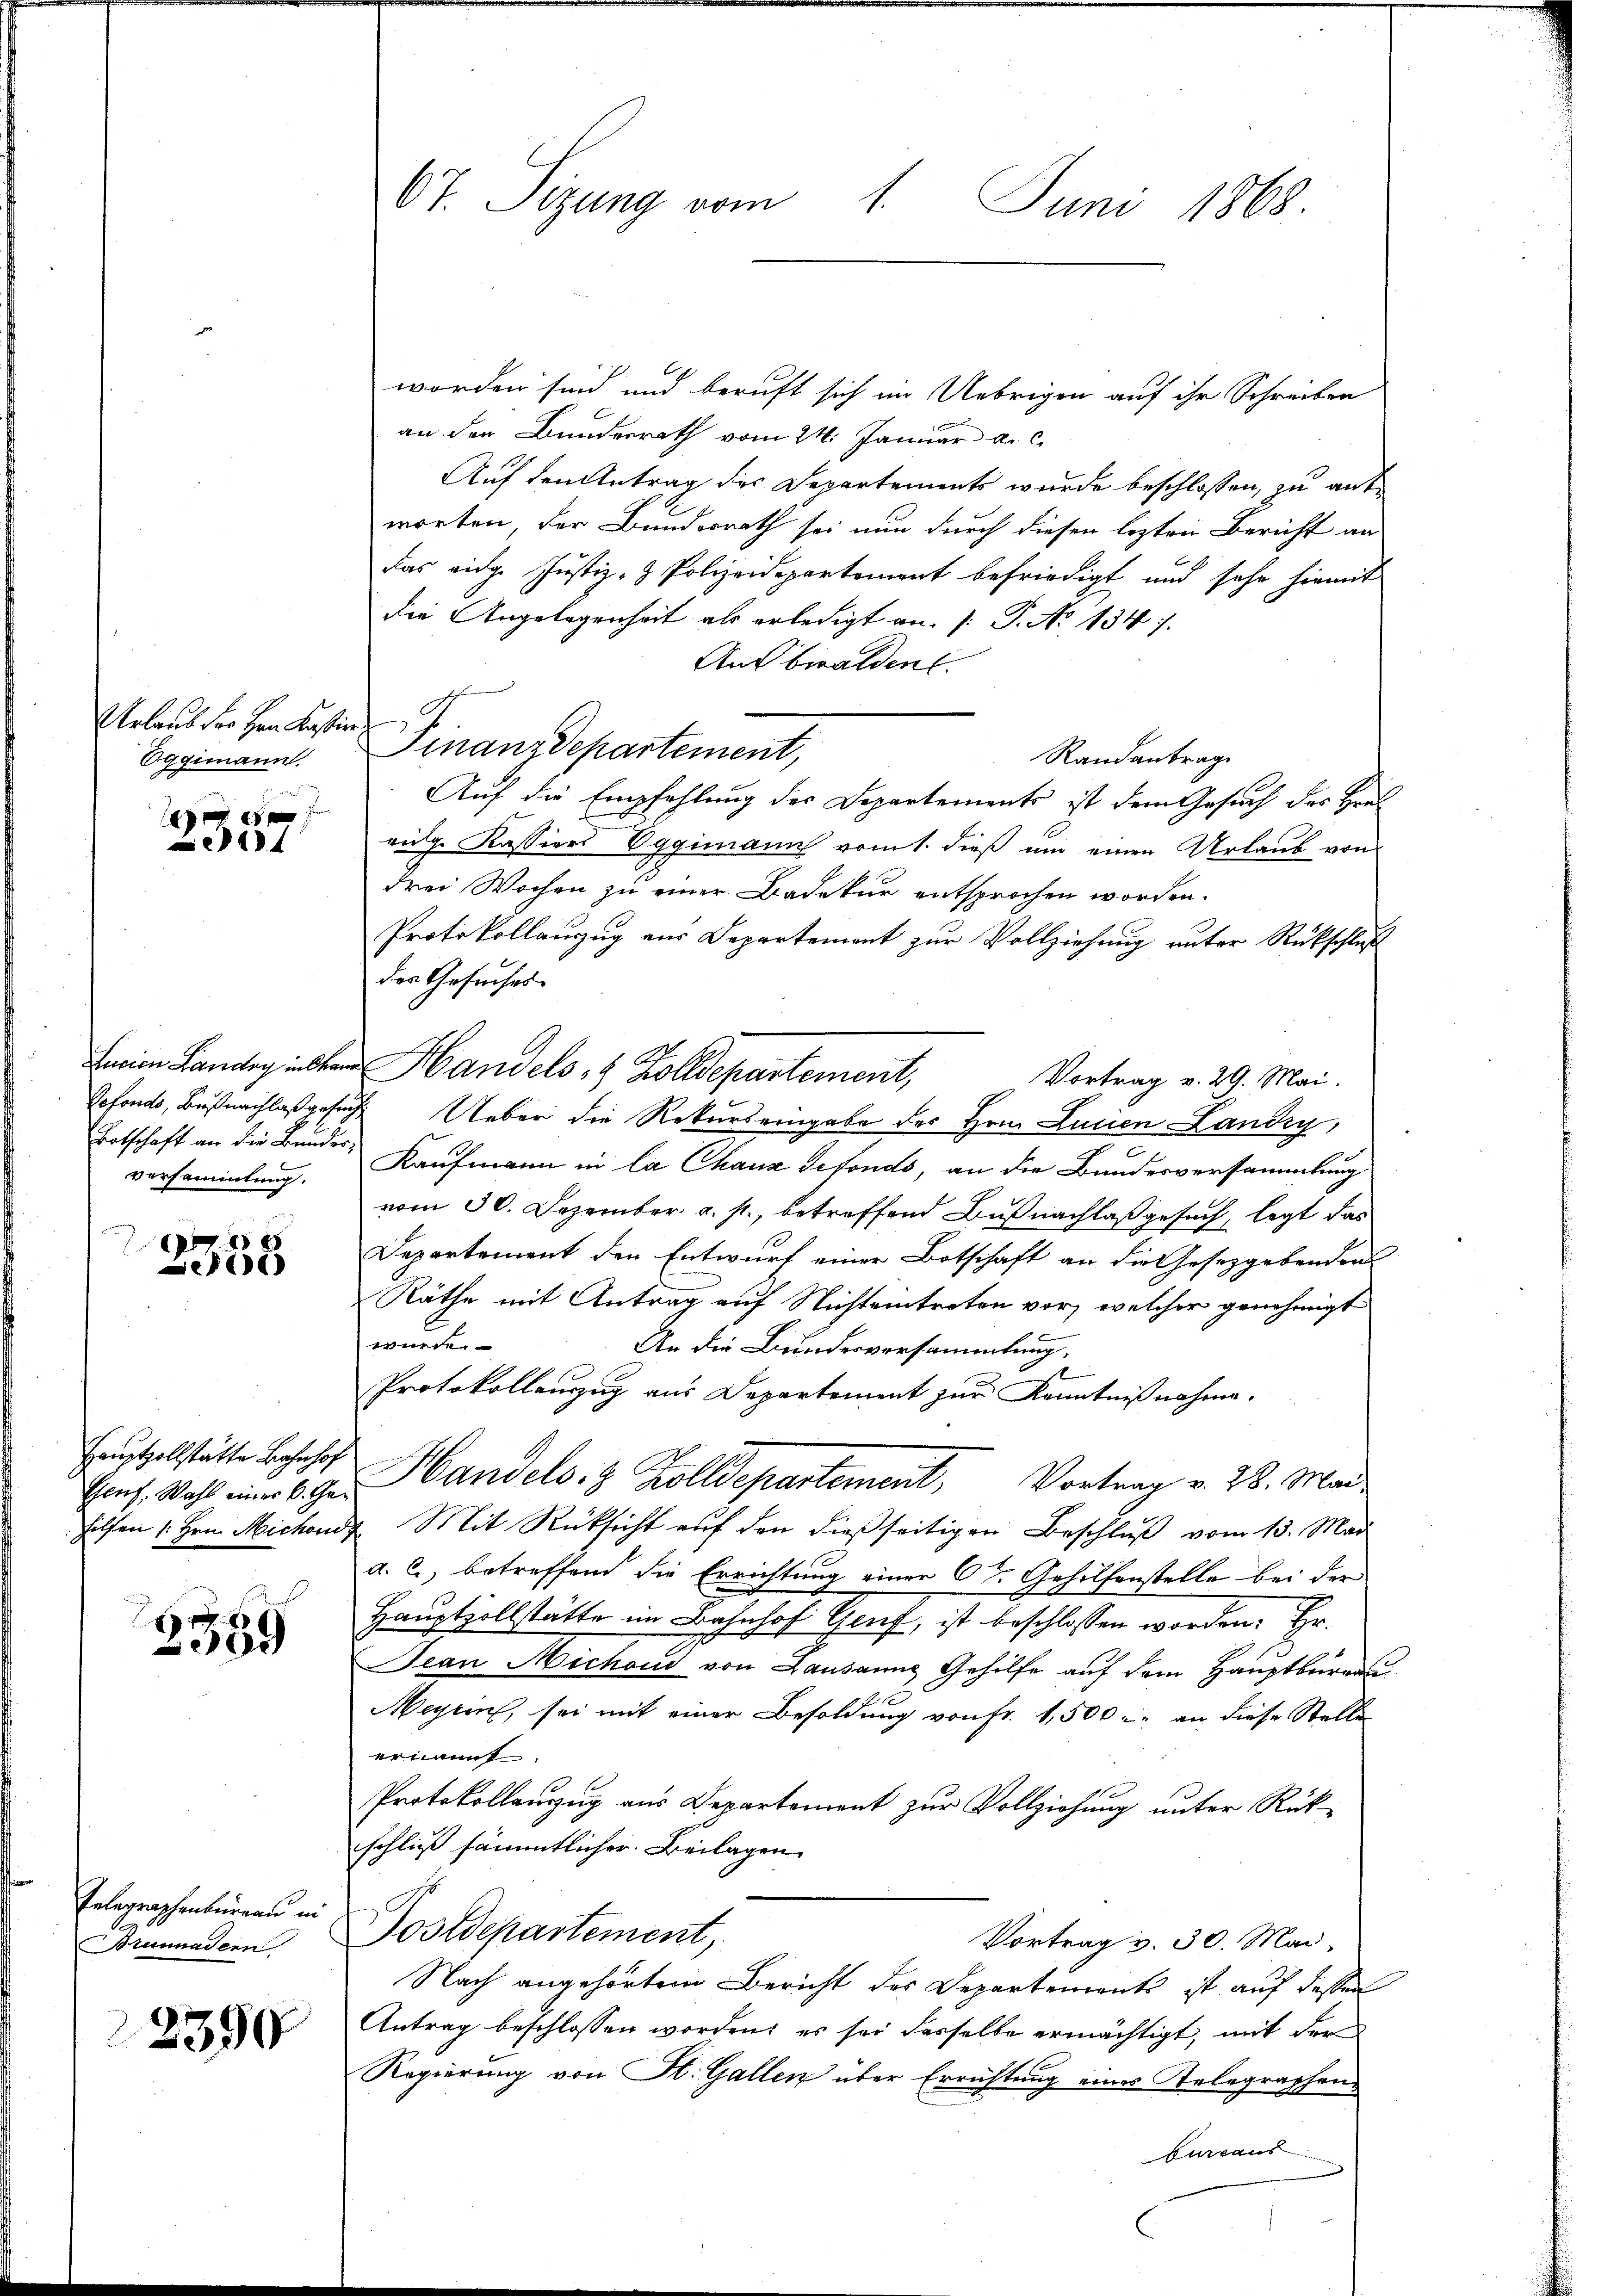
Urlaub der Hrn Kastire
Oggimann.

e

Ertschaft an die Bunder,
versammlung.
x

e

Genf, Wahl einer k. Ge¬

2
559

Telegraphenbureau in
Brunnadern

2390

67. Sizung vom 1. Juni 1868.

worden sind und beruft sich im Uebrigen auf ihr Schreiben
an den Bundesrath vom 24. Januar a. c.
Auf den Antrag des Departements wurde beschlossen, zu antworten, der Bundesrath sei nun durch diesen lezten Bericht an
das eidge Justiz- & Polizeidepartement befriedigt und sehr hiemit
die Angelegenheit als erledigt an. /: P. No 134.
Aubwalden.
Finanzdepartement,
Randantrag
Auf die Empfehlung des Departements ist dem Gesuch der Heil
eige Kassiers Eggimann vom 1. dieβ ŭm einen Urlaub von
drei Wochen zu einer Badetur entsprochen worden.
Protokollauzug aus Departement zur Vollziehung unter Rückschluß
des Gesuches
Ferien Landry an Handels 8 Zolldepartement,
Vortrag v. 29. Mai.
I
Gefonds, Bußnachlaß gesuche Ueber die Rekurs eingabe des Hrn. Luisen Landig,
Kaufmann in la Chaux sefonds, an die Bundesversammlung
vom 30. Dezember a. p., betreffend Bußnachlaß gesuch, legt das
Departement den Entwurf einer Botschaft an die Gesetzgebenden
Räthe mit Antrag auf Nichteintreten vor, welcher genehmigt
würde.
An die Bundesvorsammlung.
6
Protokollenzug aus Departement zur Kenntnißnahme.
Hauptzelstätte Johhof Handels. 8 Zolldepartement, Vortrag v. 28. Mai
hilfen Hrn. Michondr. Mit Rücksicht auf den dießseitigen Beschlŭβ vom 13. Mai
a. c., betreffend die Errichtung einer 6te Gehilfenstelle bei der
Hauptzollstätte im Bahnhof Genf, ist beschlossen worden. Er
ean Michaud von Lausanne Gehilfe auf dem Hauptburea
Meyrin, sei mit einer Besoldung von Fr. 1,500. an diese Stellen
ernannt.
Protokollauszug aus Departement zur Vollziehung unter Rükschließ sämmtlicher Beilagen
Postdepartement,
Vortrag v. 30. Mai.
Nach angehörtem Bericht des Departemente ist auf dessen
Antrag beschlossen worden, es sei dasselbe ermächtigt, mit der
Regierung von Kt. Gallen über Errichtung eines Telegraphenbureaus